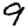
Digit: 9